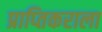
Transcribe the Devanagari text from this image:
प्राप्‍तिकराला